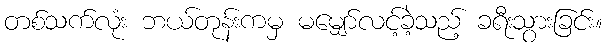
တစ်သက်လုံး ဘယ်တုန်းကမှ မမျှော်လင့်ခဲ့သည့် ခရီးသွားခြင်း။